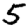
Digit: 5